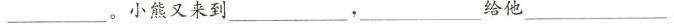
___。小熊又来到___，___给他___